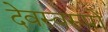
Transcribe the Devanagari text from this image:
देवस्वरूपों